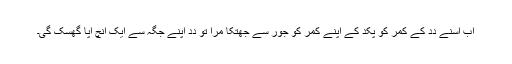
اَب اُسنے دِدِ کے کمر کو پکد کے اَپنے کمر کو جور سے جھتکا مرا تو دِدِ اَپنے جگہ سے ایک اِنچ اُپا گھسک گیِ۔